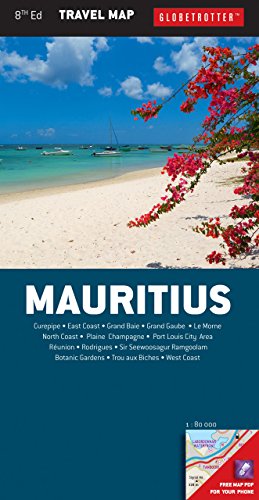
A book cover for Mauritius Travel Map (Globetrotter Travel Map); Globetrotter; Travel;